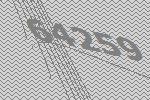
64259